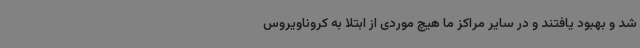
شد و بهبود یافتند و در سایر مراکز ما هیچ موردی از ابتلا به کروناویروس